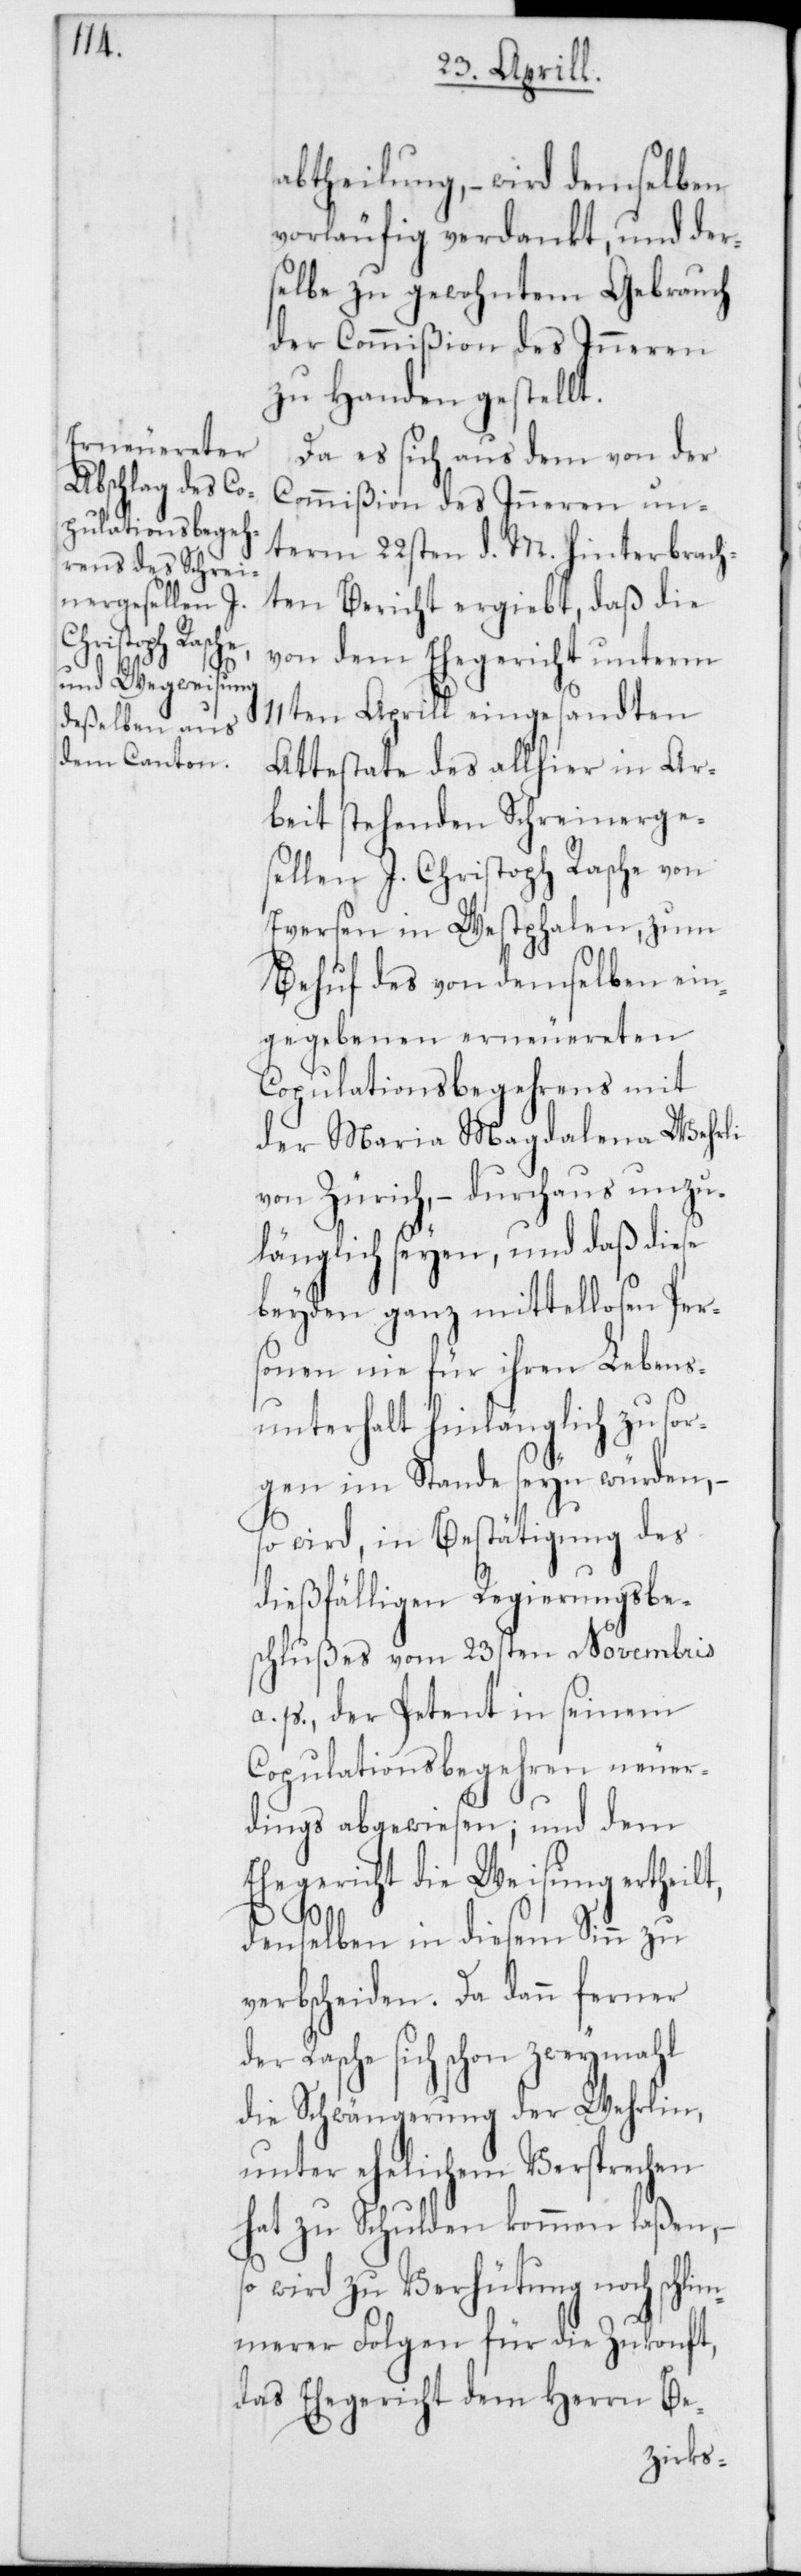
abtheilung, – wird demselben
vorläufig verdankt, und der¬
selbe zu gewohntem Gebrauch
der Commißion des Inneren
zu Handen gestellt.
Da es sich aus dem von der
Commißion des Inneren un¬
term 22sten d. M. hinterbrach¬
ten Bericht ergibt, daß die
von dem Ehegericht unterm
11ten Aprill eingesandten
Attestate des allhier in Ar¬
beit stehenden Schreinerge¬
sellen J. Christoph Rasche von
Eversen in Westphalen, zum
Behuf des von demselben ein¬
gegebenen erneuereten
Copulationsbegehrens mit
der Maria Magdalena Wehrli
von Zürich, – durchaus unzu¬
länglich seyen, und daß diese
beyden ganz mittellosen Per¬
sonen nie für ihren Lebens¬
unterhalt hinlänglich zu sor¬
gen im Stande seyn würden, –
so wird, in Bestätigung des
dießfälligen Regierungsbe¬
schlußes vom 23sten Novembris
a. p., der Petent in seinem
Copulationsbegehren neuer¬
dings abgewiesen; und dem
Ehegericht die Weisung ertheil¬
t,
denselben in diesem Sinn zu
verbscheiden. Da dann ferner
der Rasche sich schon zweymahl
die Schwängerung der Wehrlin,
unter ehelichem Versprechen
hat zu Schulden kommen laßen, –
so wird zu Verhütung noch schlim¬
merer Folgen für die Zukonft,
das Ehegericht dem Herrn Be-